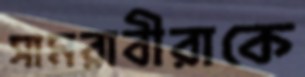
সামরাবীরাকে